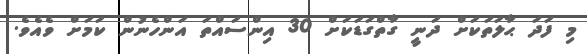
މި ފަދަ ޙާލަތަކަށް ދަނީ ގާތްގަޑަކަށް 30 އިންސައްތަ އަންހެނުން ކަމަށް ވެއެވެ.